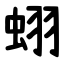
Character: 蛡